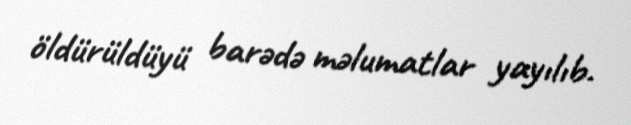
öldürüldüyü barədə məlumatlar yayılıb.